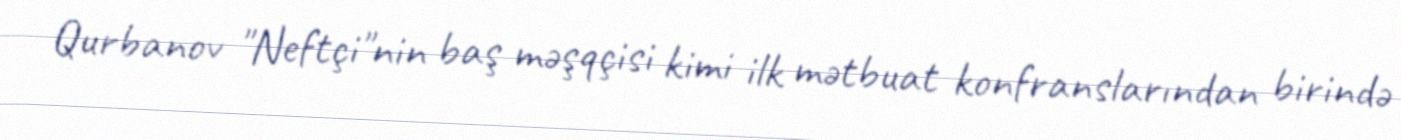
Qurbanov "Neftçi"nin baş məşqçisi kimi ilk mətbuat konfranslarından birində